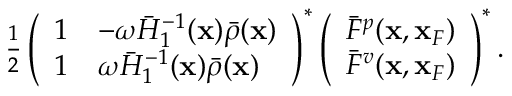
\begin{array} { r } { \frac { 1 } { 2 } \left( \begin{array} { l l } { 1 } & { - \omega \bar { \cal H } _ { 1 } ^ { - 1 } ( { \bf x } ) \bar { \rho } ( { \bf x } ) } \\ { 1 } & { \omega \bar { \cal H } _ { 1 } ^ { - 1 } ( { \bf x } ) \bar { \rho } ( { \bf x } ) } \end{array} \right) ^ { * } \left( \begin{array} { l } { \bar { F } ^ { p } ( { \bf x } , { \bf x } _ { F } ) } \\ { \bar { F } ^ { v } ( { \bf x } , { \bf x } _ { F } ) } \end{array} \right) ^ { * } . } \end{array}